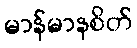
မာန်မာနစိတ်